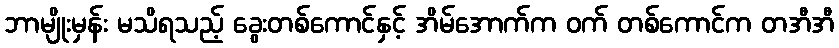
ဘာမျိုးမှန်း မသိရသည့် ခွေးတစ်ကောင်နှင့် အိမ်အောက်က ဝက် တစ်ကောင်က တအီအီ